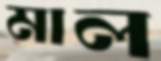
মাল